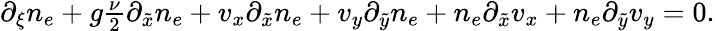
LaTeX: \begin{array}{r}{\partial_{\xi}n_{e}+g\frac{\nu}{2}\partial_{\tilde{x}}n_{e}+v_{x}\partial_{\tilde{x}}n_{e}+v_{y}\partial_{\tilde{y}}n_{e}+n_{e}\partial_{\tilde{x}}v_{x}+n_{e}\partial_{\tilde{y}}v_{y}=0.}\end{array}